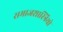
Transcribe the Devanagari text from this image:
समाजशास्त्रियो